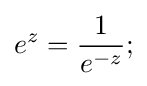
e^{z}={\frac {1}{e^{-z}}};